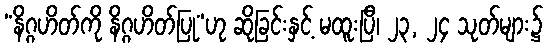
“နိဂ္ဂဟိတ်ကို နိဂ္ဂဟိတ်ပြု”ဟု ဆိုခြင်းနှင့် မထူးပြီ၊ ၂၃, ၂၄ သုတ်များ၌